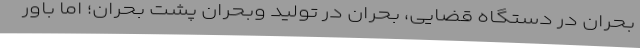
بحران در دستگاه قضایی، بحران در تولید وبحران پشت بحران؛ اما باور